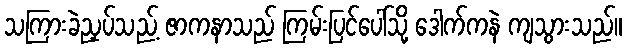
သကြားခဲညှပ်သည့် ဇာကနာသည် ကြမ်းပြင်ပေါ်သို့ ဒေါက်ကနဲ ကျသွားသည်။